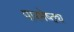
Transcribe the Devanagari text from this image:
पारमेष्ठ्य